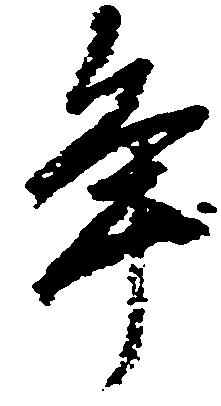
年